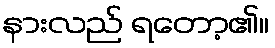
နားလည် ရတော့၏။